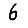
Digit: 6